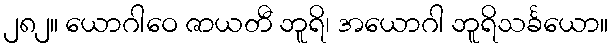
၂၈၂။ ယောဂါဝေ ဇာယတီ ဘူရိ၊ အယောဂါ ဘူရိသင်္ခယော။